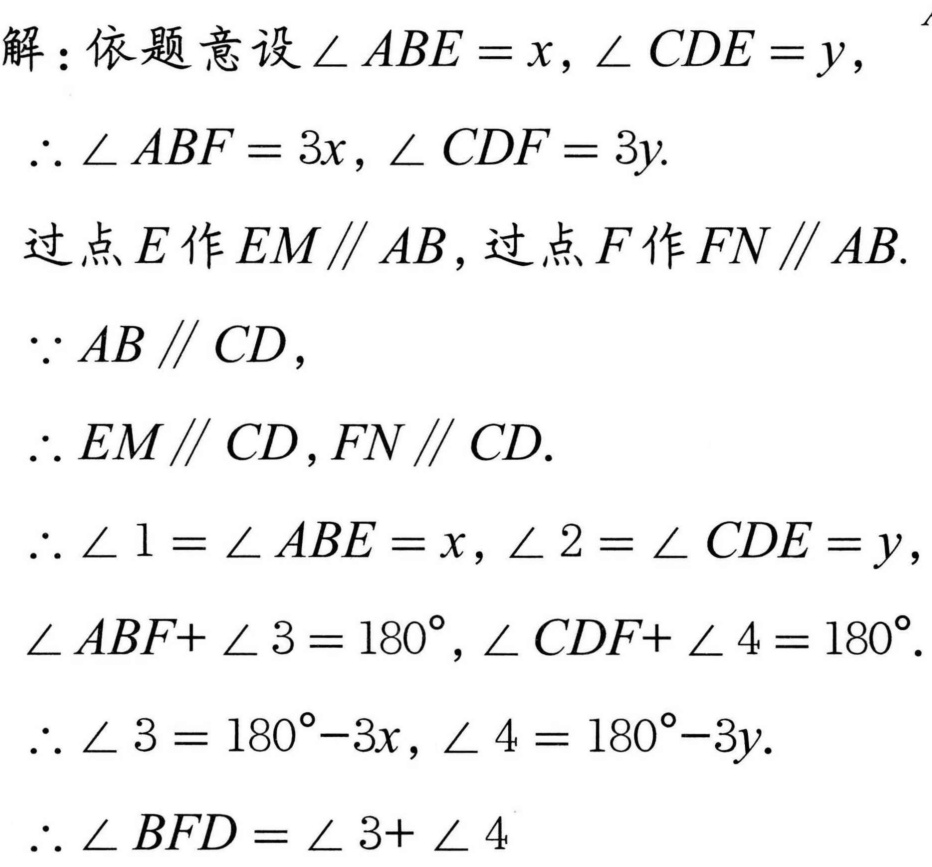
解：依题意设\(\angle ABE = x,\angle CDE = y\)，
\(\therefore \angle ABF = 3x,\angle CDF = 3y.\)
过点\(E\)作\(EM\parallel AB\)，过点\(F\)作\(FN\parallel AB.\)
\(\because AB\parallel CD\)，
\(\therefore EM\parallel CD,FN\parallel CD.\)
\(\therefore \angle 1=\angle ABE = x,\angle 2=\angle CDE = y\)，
\(\angle ABF+\angle 3 = 180^{\circ},\angle CDF+\angle 4 = 180^{\circ}.\)
\(\therefore \angle 3 = 180^{\circ}-3x,\angle 4 = 180^{\circ}-3y.\)
\(\therefore \angle BFD=\angle 3+\angle 4\)